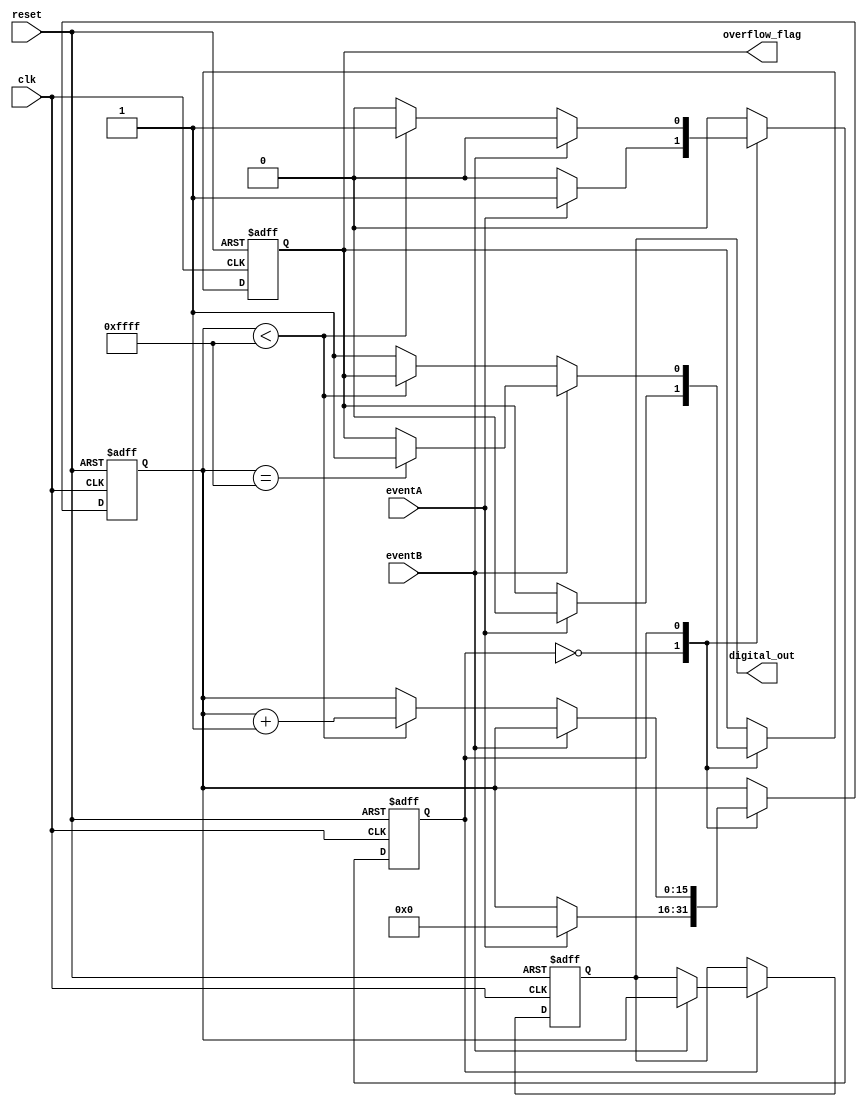
module TDC (
    input wire clk,             // High-resolution clock
    input wire reset,           // Asynchronous reset
    input wire eventA,          // Event A signal
    input wire eventB,          // Event B signal
    output reg [15:0] digital_out,  // Digital output representing the time interval
    output reg overflow_flag     // Overflow flag
);

    reg [15:0] counter;         // Counter for time measurement
    reg measuring;              // State variable for measuring process

    // State definitions
    localparam IDLE = 1'b0;
    localparam MEASURING = 1'b1;

    // Process to capture time interval
    always @(posedge clk or posedge reset) begin
        if (reset) begin
            counter <= 16'b0;
            measuring <= IDLE;
            digital_out <= 16'b0;
            overflow_flag <= 1'b0;
        end else begin
            case (measuring)
                IDLE: begin
                    if (eventA) begin
                        counter <= 16'b0;  // Reset the counter
                        measuring <= MEASURING; // Start measuring
                        overflow_flag <= 1'b0; // Clear overflow
                    end
                end
                
                MEASURING: begin
                    if (eventB) begin
                        measuring <= IDLE; // Stop measuring
                        digital_out <= counter; // Output the measured time
                        if(counter == 16'hFFFF) begin
                            overflow_flag <= 1'b1; // Set overflow if counter reaches maximum
                        end
                    end else if (counter < 16'hFFFF) begin
                        counter <= counter + 1; // Increment counter
                    end else begin
                        measuring <= IDLE; // Stop measuring on overflow
                        overflow_flag <= 1'b1; // Set overflow flag
                    end
                end
                
            endcase
        end
    end

endmodule